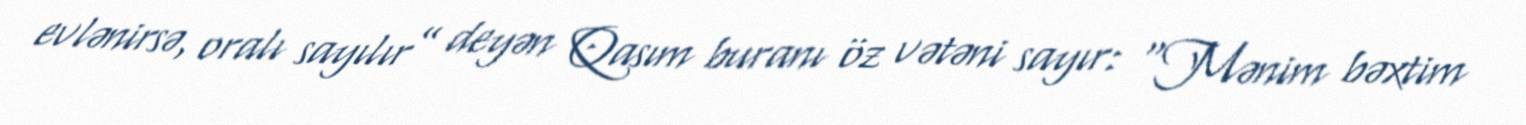
evlənirsə, oralı sayılır” deyən Qasım buranı öz vətəni sayır: “Mənim bəxtim